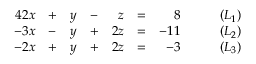
{ \begin{array} { r l r l r l r l } { { 4 } 2 x } & { + } & { y } & { - } & { z } & { = } & { 8 } & { \qquad ( L _ { 1 } ) } \\ { - 3 x } & { - } & { y } & { + } & { 2 z } & { = } & { - 1 1 } & { \qquad ( L _ { 2 } ) } \\ { - 2 x } & { + } & { y } & { + } & { 2 z } & { = } & { - 3 } & { \qquad ( L _ { 3 } ) } \end{array} }